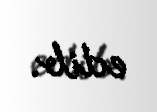
edib.